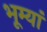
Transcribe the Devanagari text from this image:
भूम्यां